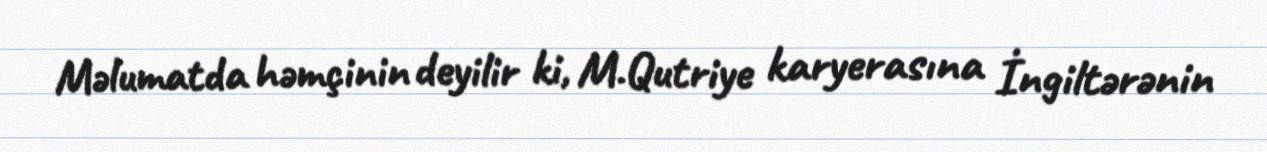
Məlumatda həmçinin deyilir ki, M.Qutriye karyerasına İngiltərənin